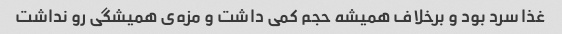
غذا سرد بود و برخلاف همیشه حجم کمی داشت و مزه‌ی همیشگی رو نداشت